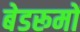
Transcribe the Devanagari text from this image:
बेडरूमों